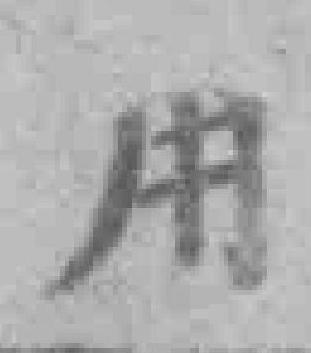
用